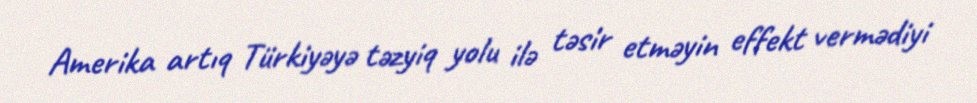
Amerika artıq Türkiyəyə təzyiq yolu ilə təsir etməyin effekt vermədiyi